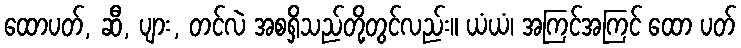
ထောပတ်, ဆီ, ပျား, တင်လဲ အစရှိသည်တို့တွင်လည်း။ ယံယံ၊ အကြင်အကြင် ထော ပတ်